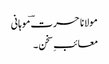
مولانا حسرت ؔموہانی
معائبِ سخن ۔